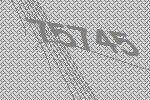
75745